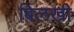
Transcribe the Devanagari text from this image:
बिलखी